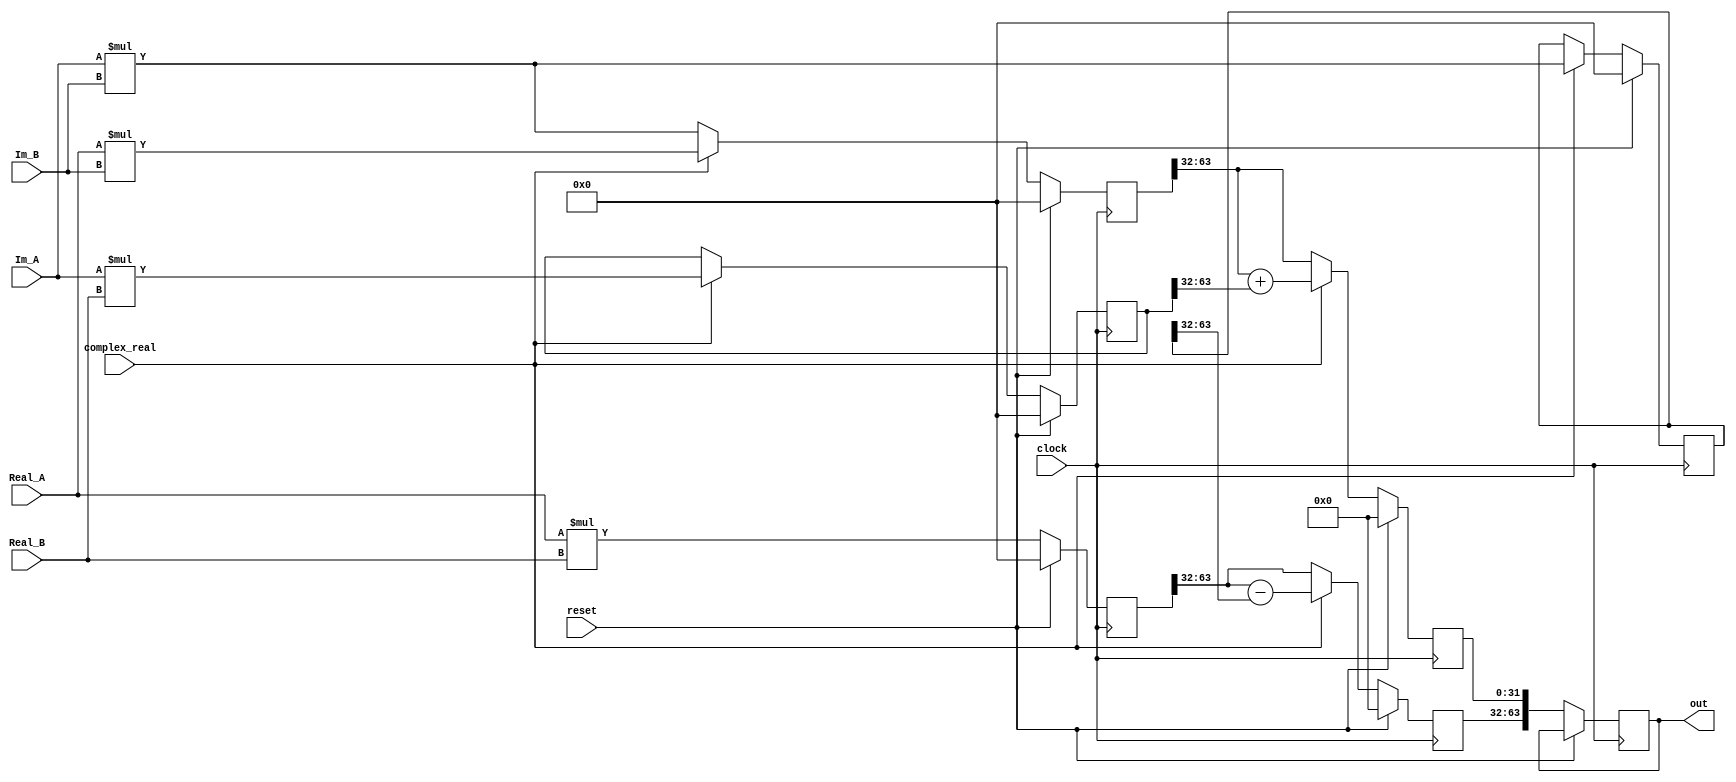
module mult(
            input clock,
            input reset,
            input complex_real,             //if 1 then we're dealing with a complex multiplication
            input [31:0] Real_A,
            input [31:0] Real_B,
            input [31:0] Im_A,
            input [31:0] Im_B,
            output [63:0] out
);

reg [63:0] out_aux;

reg [31:0]  real_aux,
            im_aux;

reg [63:0]  real_aux_1,
            real_aux_2,
            im_aux_1,
            im_aux_2;

reg done_aux;

assign done = done_aux;
assign out = out_aux;

always@(posedge clock)
if( reset )
begin
    real_aux <= 0;
    im_aux <= 0;
    real_aux_1 <= 0;
    real_aux_2 <= 0;
    im_aux_1 <= 0;
    im_aux_2 <= 0;
end
else
begin
    if( complex_real )
    begin
        real_aux_1 <= Real_A * Real_B;                              // deve ser register ou wire?
        real_aux_2 <= Im_A * Im_B;
        im_aux_1 <= Real_A * Im_B;
        im_aux_2 <= Im_A * Real_B;

        real_aux <= real_aux_1[63:32] - real_aux_2[63:32];            
        im_aux <= im_aux_1[63:32] + im_aux_2[63:32];
    end

    else
    begin
        real_aux_1 <= Real_A * Real_B;
        im_aux_1 <= Im_A * Im_B;

        real_aux <= real_aux_1[63:32];
        im_aux <= im_aux_1[63:32];
    end

    out_aux <= {real_aux, im_aux};
    done_aux <= 1;
end

endmodule